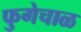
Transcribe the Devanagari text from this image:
फुगेचाळ